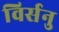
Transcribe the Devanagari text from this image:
विर्सनु